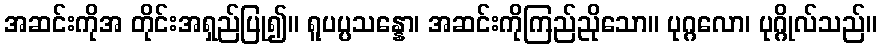
အဆင်းကိုအ တိုင်းအရှည်ပြု၍။ ရူပပ္ပသန္နော၊ အဆင်းကိုကြည်ညိုသော။ ပုဂ္ဂလော၊ ပုဂ္ဂိုလ်သည်။